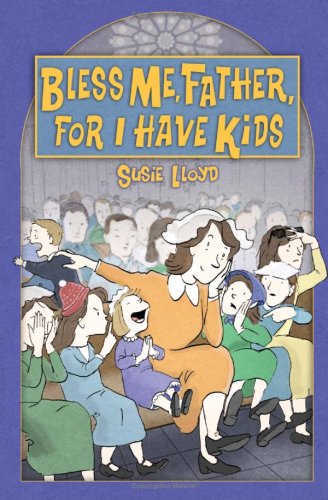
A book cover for Bless Me, Father, For I Have Kids; Susie Lloyd; Christian Books & Bibles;